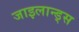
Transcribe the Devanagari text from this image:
जाइलान्ड्स